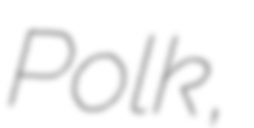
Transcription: Polk,